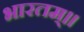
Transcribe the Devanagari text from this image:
भारतम्॥